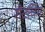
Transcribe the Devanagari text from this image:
रीटचिंग